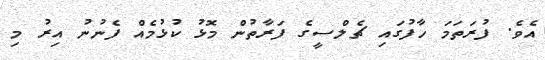
އެވެ. ފުރަތަމަ ހާފުގައި ޗެލްސީގެ ފަރާތުން މޮޅު ކުޅުމެއް ފެނުނު އިރު މި